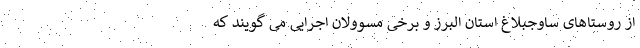
از روستاهای ساوجبلاغ استان البرز و برخی مسوولان اجرایی می گویند که